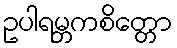
ဥပါရမ္ဘကစိတ္တော